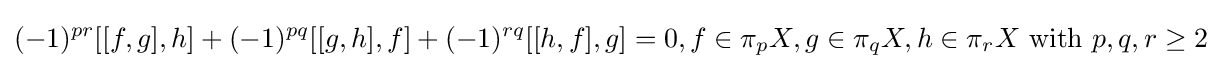
(-1)^{pr}[[f,g],h]+(-1)^{pq}[[g,h],f]+(-1)^{rq}[[h,f],g]=0,f\in \pi _{p}X,g\in \pi _{q}X,h\in \pi _{r}X{\text{ with }}p,q,r\geq 2